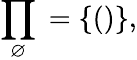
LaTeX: \prod_{\varnothing}{}=\{ ()\} ,